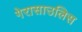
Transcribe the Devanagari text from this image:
गेरासाउलिस